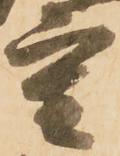
重